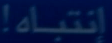
إنتباه!